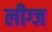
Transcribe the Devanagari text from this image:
लीग्ज